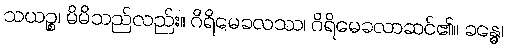
သယဉ္စ၊ မိမိသည်လည်း။ ဂိရိမေခလဿ၊ ဂိရိမေခလာဆင်၏။ ခန္ဓေ၊